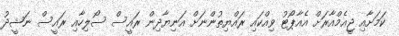
ކަމަށާއި ޖީއެމްއާރަށް އެއާޕޯޓު ވިއްކައި ރައްޔިތުންނަށް އަނިޔާދިން ރައީސް ސޯލިހާއި ރައީސް ނަޝީދު